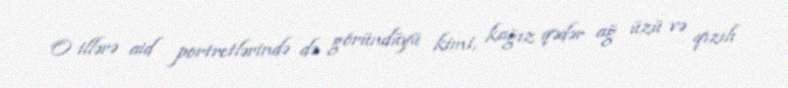
O illərə aid portretlərində də göründüyü kimi, kağız qədər ağ üzü və qızılı